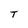
Character: T